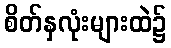
စိတ်နှလုံးများထဲ၌